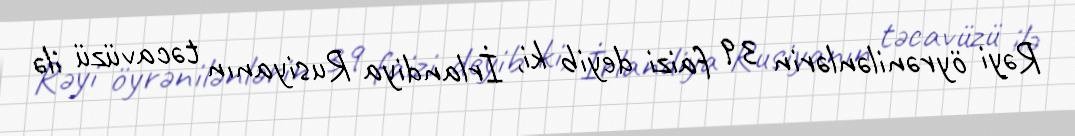
Rəyi öyrənilənlərin 39 faizi deyib ki, İrlandiya Rusiyanın təcavüzü ilə